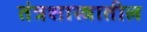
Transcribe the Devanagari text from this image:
तंत्रशास्त्रातील